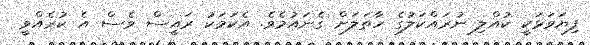
ފިޔަވަޅަކީ ކުއްލި ނުރައްކަލުގެ ހާތަލަށް ގެނައުމެވެ. އެކަމަކު ރައީސް ވެސް އެ ކުރެއްވީ